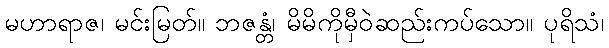
မဟာရာဇ၊ မင်းမြတ်။ ဘဇန္တံ၊ မိမိကိုမှီဝဲဆည်းကပ်သော။ ပုရိသံ၊